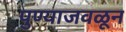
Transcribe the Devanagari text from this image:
पुण्याजवळून